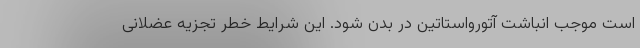
است موجب انباشت آتورواستاتین در بدن شود. این شرایط خطر تجزیه عضلانی